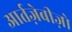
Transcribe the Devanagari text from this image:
आर्तज़ेबीज़ो